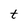
Character: t